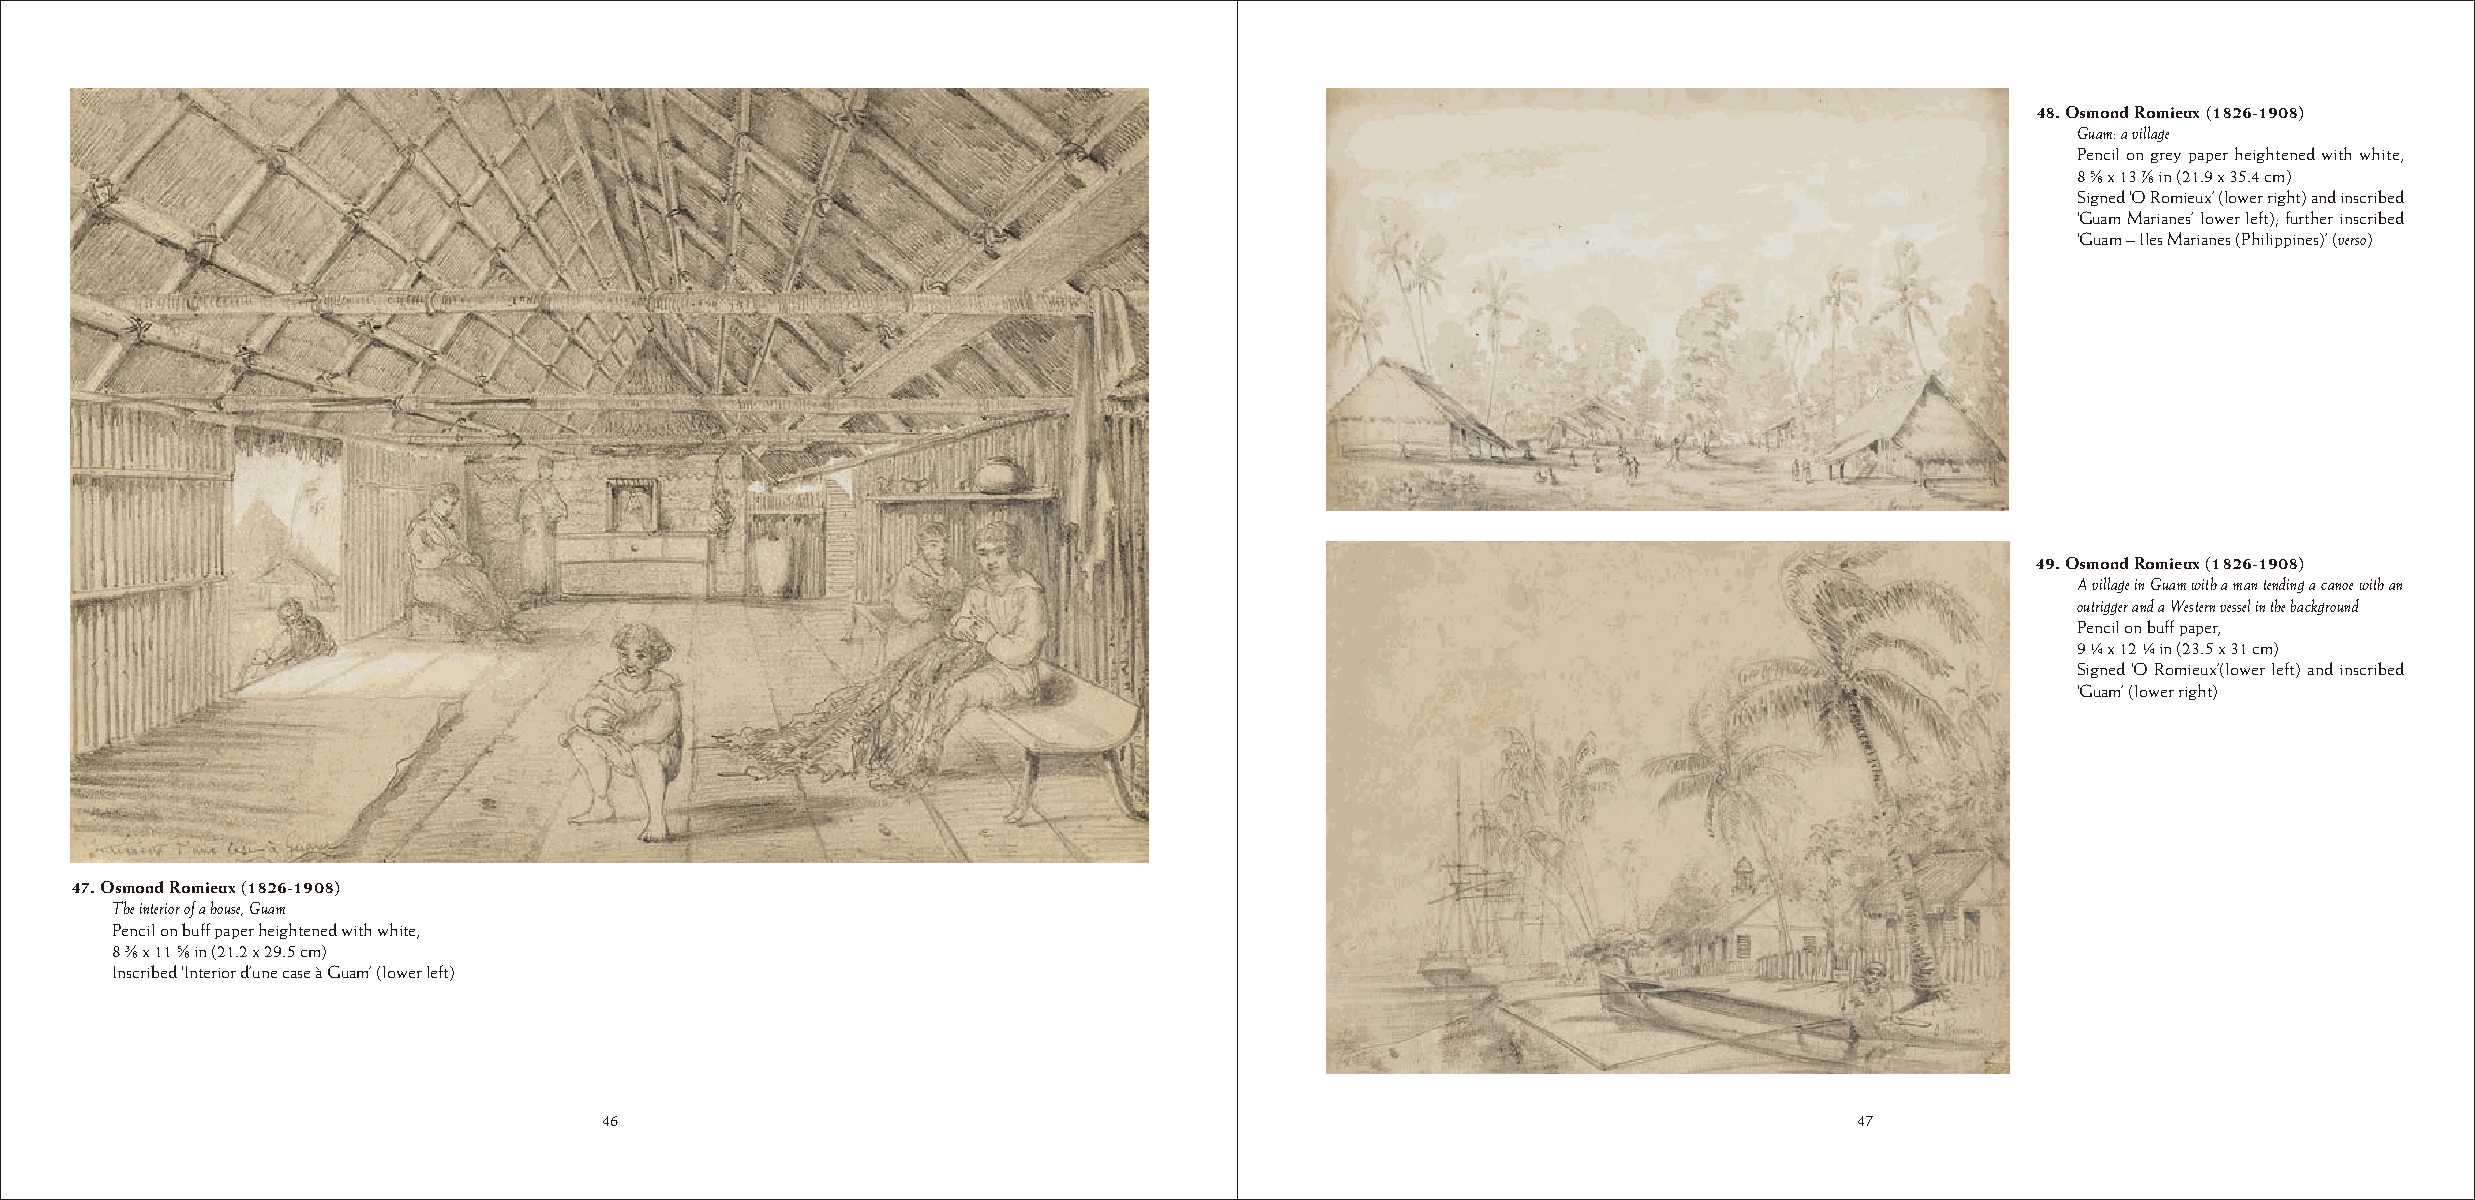
48. Osmond Romieux (1826-1908)
 Guam: a village
 Pencil on grey paper heightened with white,
 8 ¬ x 13 √ in (21.9 x 35.4 cm)
 Signed ‘O Romieux’ (lower right) and inscribed
 ‘Guam Marianes’ lower left); further inscribed
 ‘Guam – Iles Marianes (Philippines)’ (verso)
 49. Osmond Romieux (1826-1908)
 A village in Guam with a man tending a canoe with an
 outrigger and a Western vessel in the background
 Pencil on buff paper,
 9 ¼ x 12 ¼ in (23.5 x 31 cm)
 Signed ‘O Romieux’(lower left) and inscribed
 ‘Guam’ (lower right)
 47. Osmond Romieux (1826-1908)
 The interior of a house, Guam
 Pencil on buff paper heightened with white,
 8 ¡ x 11 ¬ in (21.2 x 29.5 cm)
 Inscribed ‘Interior d’une case à Guam’ (lower left)
 46                                                                                 47
 46                                                                                 47